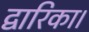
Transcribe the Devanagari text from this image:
द्वारिका।